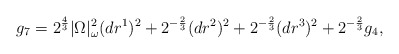
\begin{align*} g_7 = 2^{\frac{4}{3}} |\Omega|_\omega^2 (dr^1)^2 + 2^{-\frac{2}{3}} (dr^2)^2 + 2^{-\frac{2}{3}} (dr^3)^2 + 2^{-\frac{2}{3}} g_4,\end{align*}